Reports on dispensaries and lunatic asylums in the Province of Oudh - 1869-1876
Year: 1869
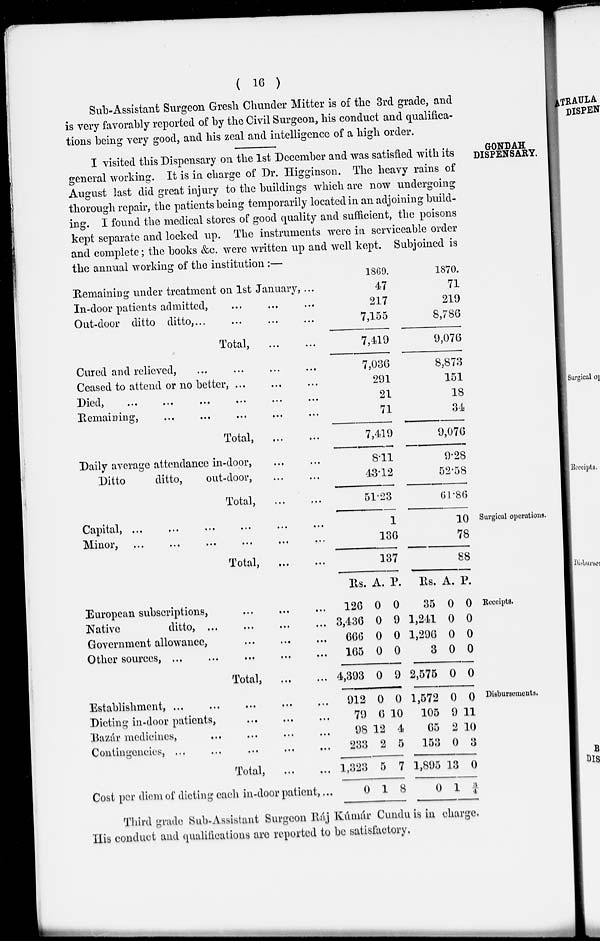
( 16 )
Sub-Assistant Surgeon Gresh Chunder Mitter is of the 3rd grade, and
is very favorably reported of by the Civil Surgeon, his conduct and qualifica-
tions being very good, and his zeal and intelligence of a high order.
GONDAH
DISPENSARY.
I visited this Dispensary on the 1st December and was satisfied with its
general working. It is in charge of Dr. Higginson. The heavy rains of
August last did great injury to the buildings which are now undergoing
thorough repair, the patients being temporarily located in an adjoining build-
ing. I found the medical stores of good quality and sufficient, the poisons
kept separate and locked up. The instruments were in serviceable order
and complete; the books &c. were written up and well kept. Subjoined is
the annual working of the institution :—
Remaining under treatment on 1st January, ...
In-door patients admitted, ... ... ...
Out-door ditto ditto, ... ... ... ...
Total,
...
...
Cured and relieved, ... ... ... ... ...
Ceased to attend or no better, ... ... ...
Died,
...
...
...
...
...
...
Remaining, ... ... ... ... ... ...
Total,
...
...
Daily average attendance in-door, ... ...
Ditto
ditto,
out-door, ... ...
Total,
... ...
1869.
47
217
7,155
7,419
7,036
291
21
71
7,419
8.11
43.12
51.23
1870.
71
219
8,786
9,076
8,873
151
18
34
9,076
9.28
52.58
61.86
Surgical operations.
Capital,
...
...
...
...
...
...
Minor,
...
...
...
...
...
...
Total,
...
...
1
136
137
10
78
88
Receipts.
European subscriptions, ... ... ...
Native
ditto, ... ... ... ...
Government allowance, ... ... ...
Other sources, ... ... ... ... ...
Total,
...
...
Rs.
126
3,436
666
165
4,393
A.
0
0
0
0
0
P.
0
9
0
0
9
Rs.
35
1,241
1,296
3
2,575
A.
0
0
0
0
0
P.
0
0
0
0
0
Disbursements.
Establishment, ... ... ... ... ...
Dieting in-door patients, ... ... ...
Bazár medicines, ... ... ... ...
Contingencies, ... ... ... ... ...
Total,
...
...
Cost per diem of dieting each in-door patient, ...
912
79
98
233
1,323
0
0
6
12
2
5
1
0
10
4
5
7
8
1,572
105
65
153
1,895
0
0
9
2
0
13
1
0
11
10
3
0
¾
Third grade Sub-Assistant Surgeon Ráj Kúmár Cundu is in charge.
His conduct and qualifications are reported to be satisfactory.